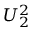
U _ { 2 } ^ { 2 }